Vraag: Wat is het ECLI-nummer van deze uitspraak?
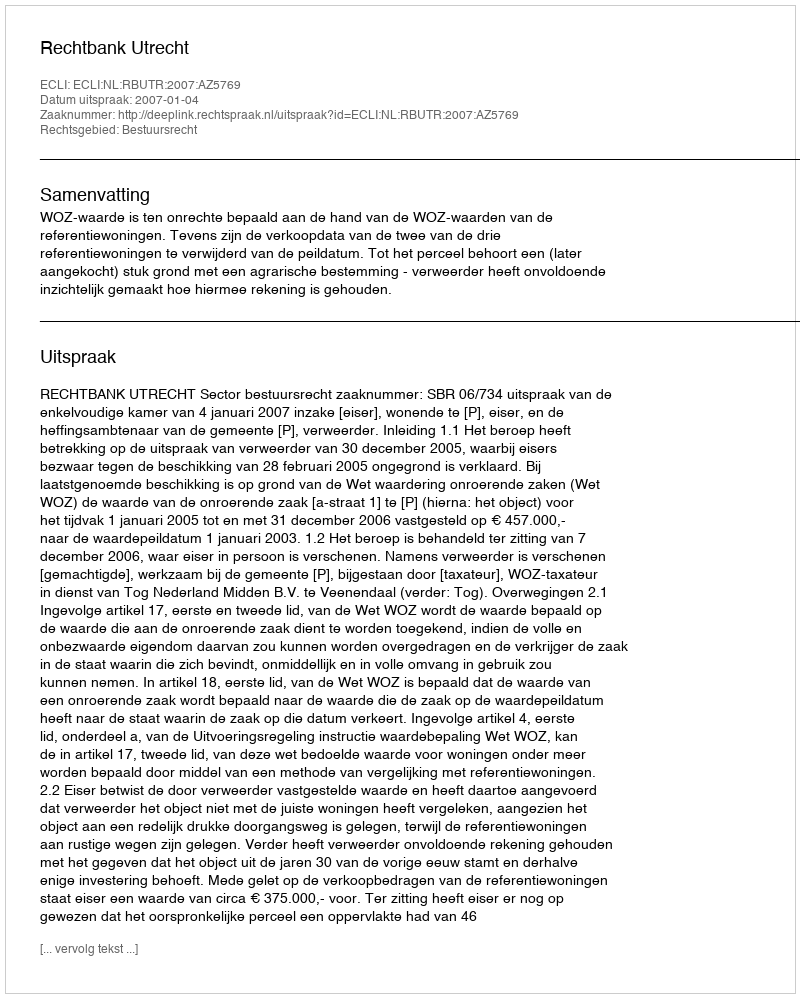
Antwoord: ECLI:NL:RBUTR:2007:AZ5769